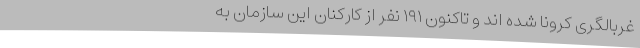
غربالگری کرونا شده اند و تاکنون ۱۹۱ نفر از کارکنان این سازمان به